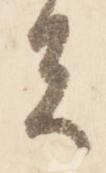
者